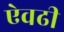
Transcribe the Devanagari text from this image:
ऐवढी